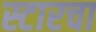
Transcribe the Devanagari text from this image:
स्टारचा